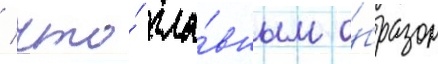
/ что́ гла́вным о́бразом